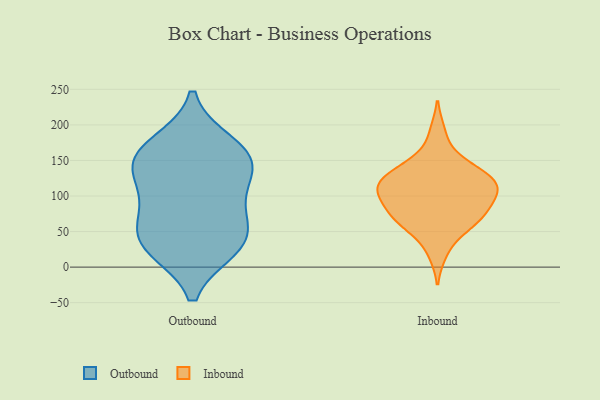
{"axis": {"x": "Headcount", "y": "Value"}, "legend": ["Inbound", "Outbound"], "data": [{"x": "", "y": 173, "type": "Outbound"}, {"x": "", "y": 144, "type": "Outbound"}, {"x": "", "y": 145, "type": "Outbound"}, {"x": "", "y": 85, "type": "Outbound"}, {"x": "", "y": 163, "type": "Outbound"}, {"x": "", "y": 36, "type": "Outbound"}, {"x": "", "y": 50, "type": "Outbound"}, {"x": "", "y": 137, "type": "Outbound"}, {"x": "", "y": 93, "type": "Outbound"}, {"x": "", "y": 30, "type": "Outbound"}, {"x": "", "y": 27, "type": "Outbound"}, {"x": "", "y": 77, "type": "Inbound"}, {"x": "", "y": 190, "type": "Inbound"}, {"x": "", "y": 110, "type": "Inbound"}, {"x": "", "y": 132, "type": "Inbound"}, {"x": "", "y": 143, "type": "Inbound"}, {"x": "", "y": 77, "type": "Inbound"}, {"x": "", "y": 119, "type": "Inbound"}, {"x": "", "y": 107, "type": "Inbound"}, {"x": "", "y": 113, "type": "Inbound"}, {"x": "", "y": 56, "type": "Inbound"}, {"x": "", "y": 74, "type": "Inbound"}, {"x": "", "y": 98, "type": "Inbound"}, {"x": "", "y": 19, "type": "Inbound"}, {"x": "", "y": 133, "type": "Inbound"}, {"x": "", "y": 87, "type": "Inbound"}, {"x": "", "y": 51, "type": "Inbound"}, {"x": "", "y": 114, "type": "Inbound"}, {"x": "", "y": 152, "type": "Inbound"}, {"x": "", "y": 66, "type": "Inbound"}, {"x": "", "y": 114, "type": "Inbound"}]}